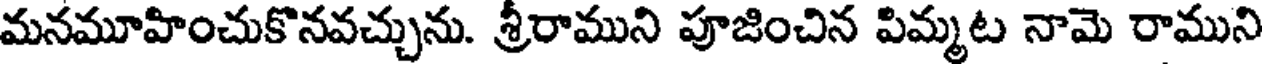
మనమూహించుకొనవచ్చును. శ్రీరాముని పూజించిన పిమ్మట నామె రాముని